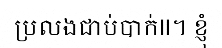
ប្រលងជាប់បាក់II។ ខ្ញុំ